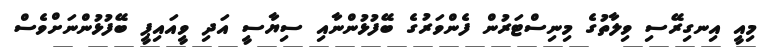
މިއީ އިނގިރޭސި ވިލާތުގެ މިނިސްޓަރުން ފެންވަރުގެ ބޭފުޅުންނާއި ސިޔާސީ އަދި ވީއައިޕީ ބޭފުޅުންނަށްވެސް